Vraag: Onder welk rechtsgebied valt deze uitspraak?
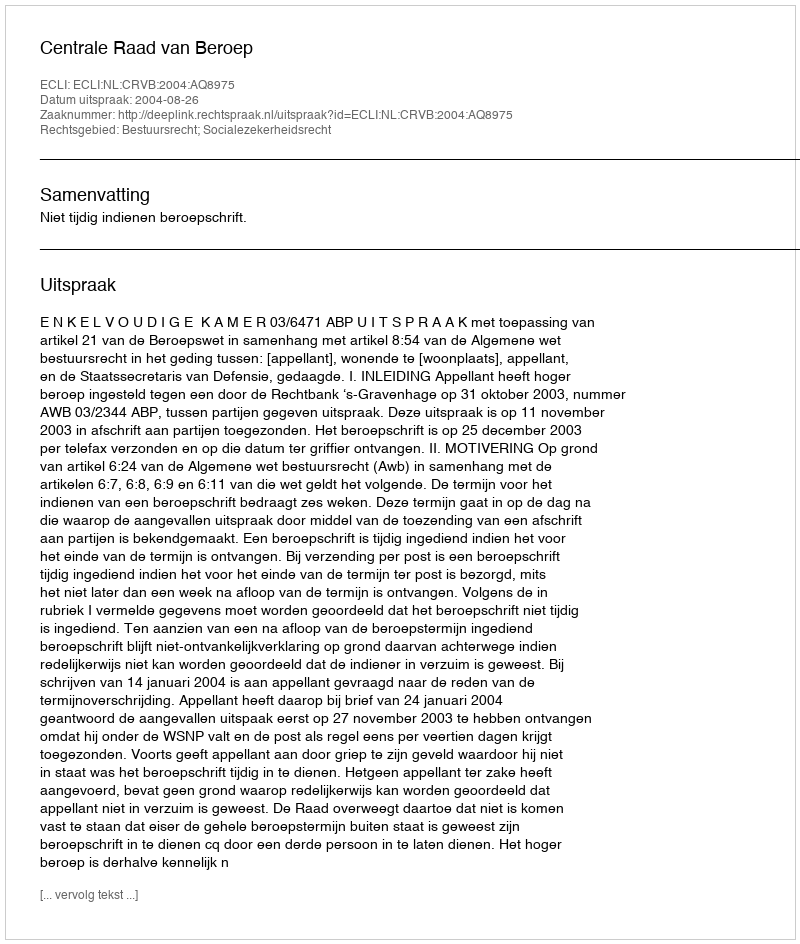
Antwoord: Bestuursrecht; Socialezekerheidsrecht